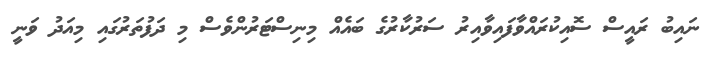
ނައިބު ރައީސް ސޮއިކުރައްވާފައިވާއިރު ސަރުކާރުގެ ބައެއް މިނިސްޓަރުންވެސް މި ދަފުތަރުގައި މިއަދު ވަނީ